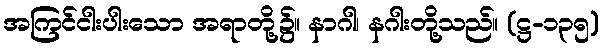
အကြင်ငါးပါးသော အရာတို့၌။ နာဂါ၊ နဂါးတို့သည်။ (ဋ္ဌ-၁၃၅)